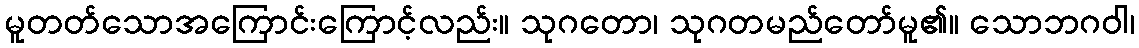
မူတတ်သောအကြောင်းကြောင့်လည်း။ သုဂတော၊ သုဂတမည်တော်မူ၏။ သောဘဂဝါ၊